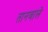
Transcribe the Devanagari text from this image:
तानवाले